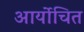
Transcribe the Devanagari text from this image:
आर्योचित